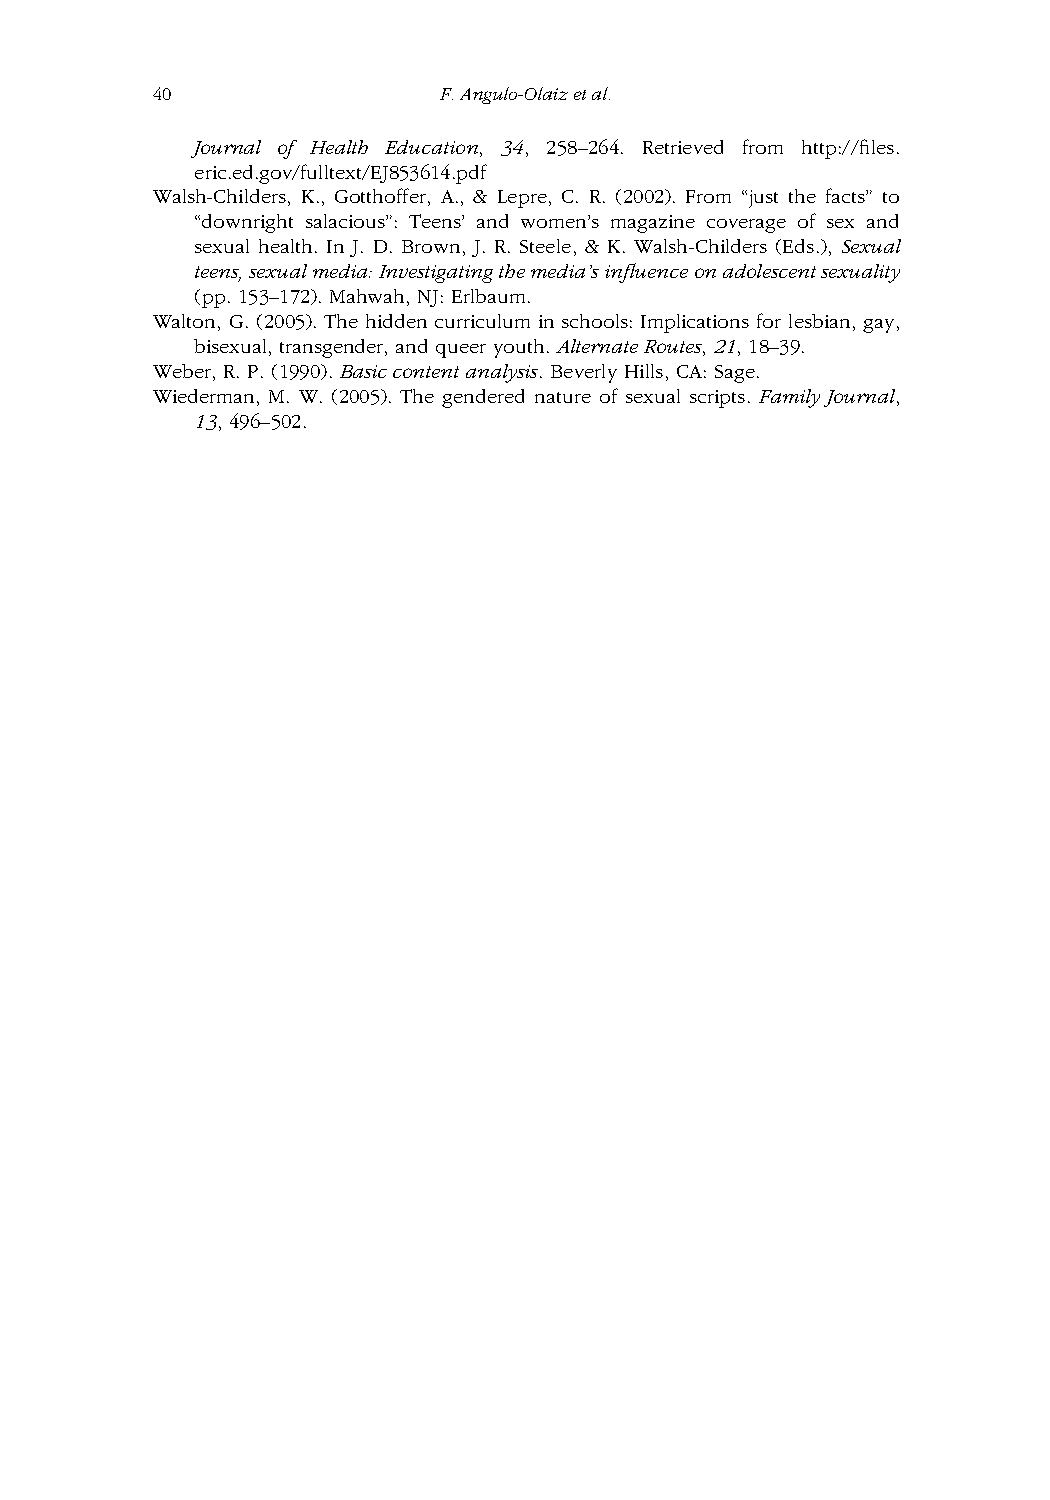
40                 F.Angulo-Olaizetal.
 Journal of Health Education, 34, 258–264. Retrieved from http://files.
 eric.ed.gov/fulltext/EJ853614.pdf
 Walsh-Childers, K., Gotthoffer, A., & Lepre, C. R. (2002). From “just the facts” to
 “downright salacious”: Teens’ and women’s magazine coverage of sex and
 sexual health. In J. D. Brown, J. R. Steele, & K. Walsh-Childers (Eds.), Sexual
 teens,sexualmedia:Investigatingthemedia’sinfluenceonadolescentsexuality
 (pp. 153–172). Mahwah, NJ: Erlbaum.
 Walton, G. (2005). The hidden curriculum in schools: Implications for lesbian, gay,
 bisexual, transgender, and queer youth. AlternateRoutes, 21, 18–39.
 Weber, R. P. (1990). Basiccontentanalysis. Beverly Hills, CA: Sage.
 Wiederman, M. W. (2005). The gendered nature of sexual scripts. Family Journal,
 13, 496–502.